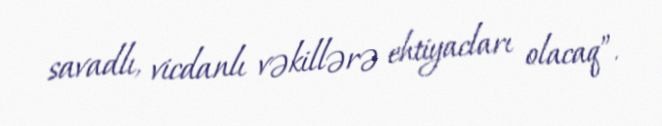
savadlı, vicdanlı vəkillərə ehtiyacları olacaq”.